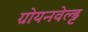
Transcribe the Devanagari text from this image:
ग्रोयनवेल्ड्ट